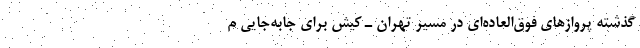
گذشته پروازهای فوق‌العاده‌ای در مسیر تهران ـ کیش برای جابه‌جایی م